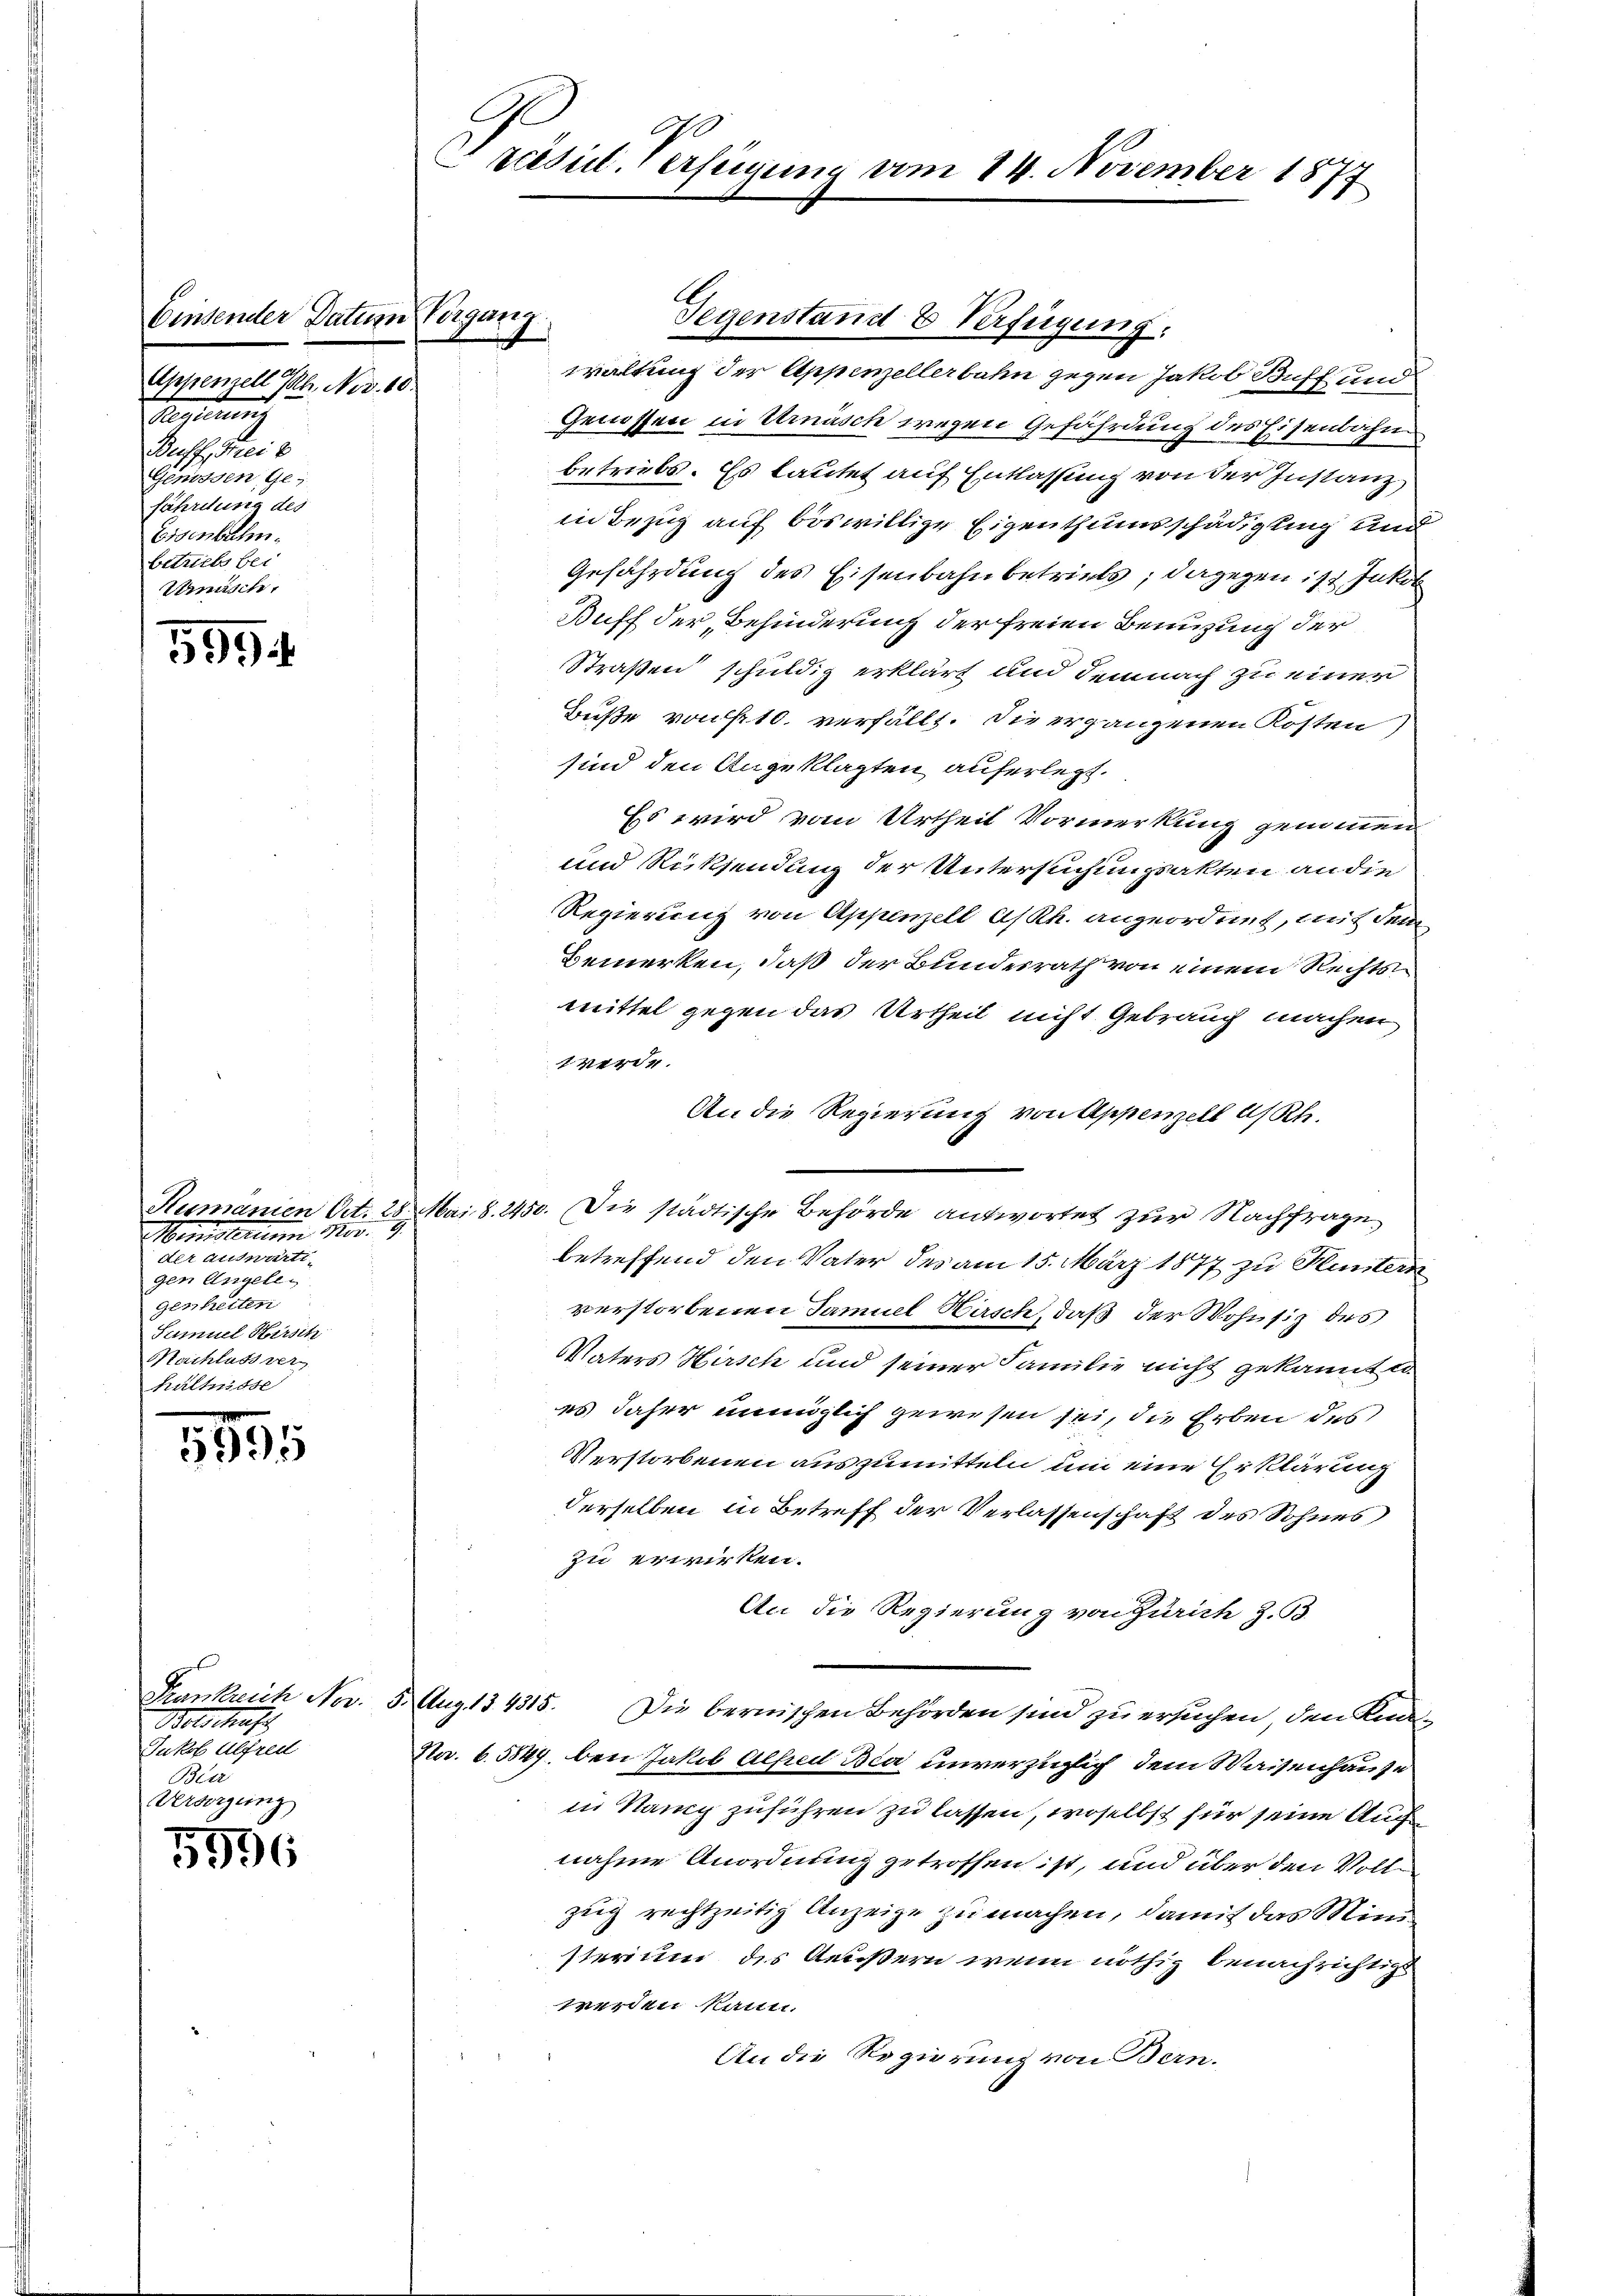
Einsender Datum Vorgang
Appenzell M. Nov. 10.

i
Genossen Gefährdung des
Eisenbahn.
betriebs bei
Urmisch,

5994

5555

5996

Frankreich Nov. 5.
Welschaf
Jukof Alfred
Beir
Versorgung

Sunsten der
oranständi
gen Angele
genheiten
Samuel Hirsch
Nachluss vers
hältnisse

A
Ezcesil. Verfügung vom 14. November 1877

waltung der Appenzellerbahn gegen Jakob Buff und
Genossen in Urnäsch wegen Gefährdung des Eisenbahn
betriebs. Es lautet auf Entlassung von der Instanz
in Bezug auf böswillige Eigenthumsschädigung und
Gefährdung des Eisenbahnbetriels; dagegen ist Jakob
Buff der Behinderung der freien Benuzung der
Straßen schuldig erklärt und demnach zu einer
Buße von 10. verfällt. Die ergangenen Kosten,
sind den Angeklagten auferlegt.
Es wird vom Urtheil Vormerkung gemeinen
und Rücksendung der Untersuchungsakten an die
Regierung von Appenzell A/Rh. angeordnet, mit dem
bemerken, daß der Bundesrath von einem Rechtsmittel gegen das Urtheil nicht Gebrauch machen
verde
An die Regierung von Appenzell a/Rh.
Humanien Ort. 28. Mai d. 2450. Die städtische Behörde antwortet zur Nachfrage
betreffend den Vater des am 15. März 1877 zu Hintern
verstorbenen Samuel Hasch, daß der Wohnsiz des
Vaters Hirsch und seiner Familie nicht gekannte
es daher unmöglich gewesen sei, die Erben des
Verstorbenen auszumitteln um eine Erklärung
derselben in Betreff der Verlassenschaft des Sohnes
zu erwirken.
An die Regierung von Zürich z. B.
Aug 125.
Die bernischen Behörden sind zu ersuchen, den Kna¬
Nov. 6.5849. bei Jakob Alfred Bia unverzüglich dem Waisenhause
in Namp zuführen zu lassen, woselbst für seine Auch
nahme Anordnung getroffen ist, und über den Vollzuig rechtzeitig Anzeige zu machen, damit das Ministerium des Aeußern wenn nöthig benachrichtig
werden hatte.
An die Regierung von Bern.

Gegenstand & Verfügung.